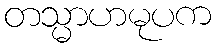
တသ္မာဟမုပက